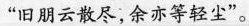
“旧朋云散尽,余亦等轻尘”。